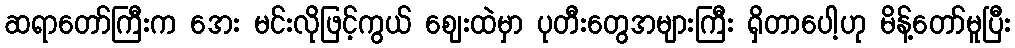
ဆရာတော်ကြီးက အေး မင်းလိုဖြင့်ကွယ် ဈေးထဲမှာ ပုတီးတွေအများကြီး ရှိတာပေါ့ဟု မိန့်တော်မူပြီး